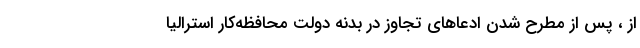
از ، پس از مطرح شدن ادعاهای تجاوز در بدنه دولت محافظه‌کار استرالیا